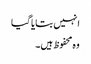
انہیں بتایا گیا
وہ محفوظ ہیں۔